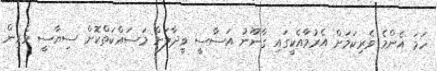
ހަމަ އެންމެ ވެރިކަމަށް އެރުމާއެކީގައި ގާނޫނު އަސާސީ ވީދާލަށް މަސައްކަތްކޮށް ސިޔާސީ ވެރިން